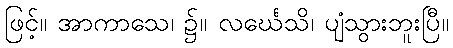
ဖြင့်။ အာကာသေ၊ ၌။ လင်္ဃေသိ၊ ပျံသွားဘူးပြီ။